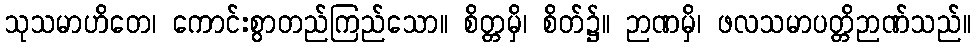
သုသမာဟိတေ၊ ကောင်းစွာတည်ကြည်သော။ စိတ္တမှိ၊ စိတ်၌။ ဉာဏမှိ၊ ဖလသမာပတ္တိဉာဏ်သည်။